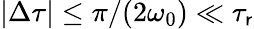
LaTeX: |\Delta\tau|\leq\pi/(2\omega_{0})\ll\tau_{\mathsf{r}}